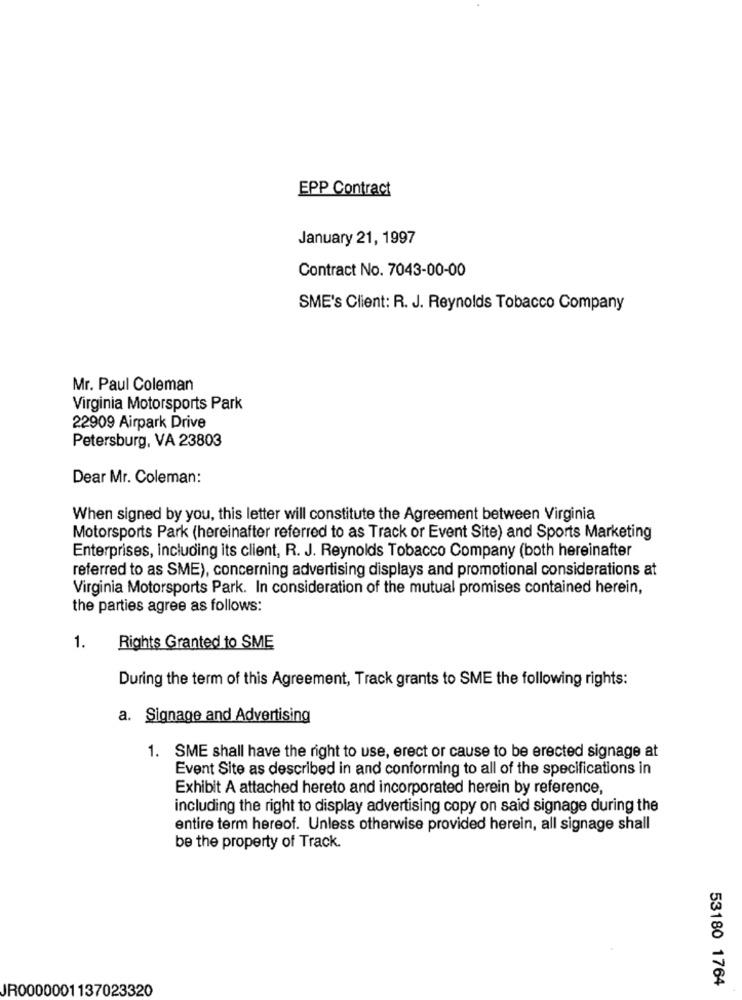
EPP Contract
January 21, 1997
Contract No. 7043-00-00
SME's Client: R. J. Reynolds Tobacco Company
Mr. Paul Coleman
Virginia Motorsports Park
22909 Airpark Drive
Petersburg, VA 23803
Dear Mr. Coleman:
When signed by you, this letter will constitute the Agreement between Virginia
Motorsports Park (hereinafter referred to as Track or Event Site) and Sports Marketing
Enterprises, including its client, R. J. Reynolds Tobacco Company (both hereinafter
referred to as SME), concerning advertising displays and promotional considerations at
Virginia Motorsports Park. In consideration of the mutual promises contained herein,
the parties agree as follows:
1.
Rights Granted to SME
During the term of this Agreement, Track grants to SME the following rights:
a. Signage and Advertising
1. SME shall have the right to use, erect or cause to be erected signage at
Event Site as described in and conforming to all of the specifications in
Exhibit A attached hereto and incorporated herein by reference,
including the right to display advertising copy on said signage during the
entire term hereof. Unless otherwise provided herein, all signage shall
be the property of Track.
53180 1764
JR0000001137023320